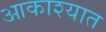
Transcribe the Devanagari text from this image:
आकाश्यात